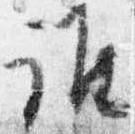
誰